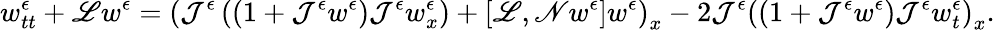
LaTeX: w_{tt}^{\epsilon}+\mathscr{L}w^{\epsilon}=\left(\mathcal{J}^{\epsilon}\left((1+\mathcal{J}^{\epsilon}w^{\epsilon})\mathcal{J}^{\epsilon}w_{x}^{\epsilon}\right)+\left[\mathscr{L},\mathscr{N}w^{\epsilon}\right]w^{\epsilon}\right)_{x}-2\mathcal{J}^{\epsilon}\left((1+\mathcal{J}^{\epsilon}w^{\epsilon})\mathcal{J}^{\epsilon}w_{t}^{\epsilon}\right)_{x}.